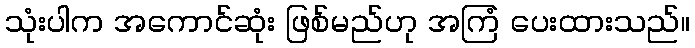
သုံးပါက အကောင်ဆုံး ဖြစ်မည်ဟု အကြံ ပေးထားသည်။